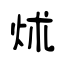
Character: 炢